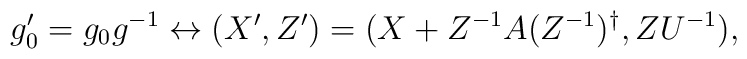
g'_0=g_0g^{-1}\leftrightarrow (X',Z')=(X+Z^{-1}A(Z^{-1})^{\dagger },ZU^{-1}),